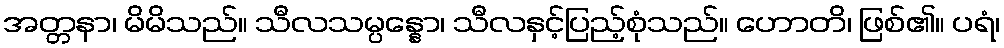
အတ္တနာ၊ မိမိသည်။ သီလသမ္ပန္နော၊ သီလနှင့်ပြည့်စုံသည်။ ဟောတိ၊ ဖြစ်၏။ ပရံ၊